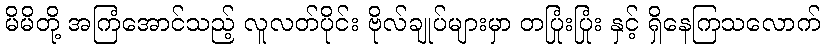
မိမိတို့ အကြံအောင်သည့် လူလတ်ပိုင်း ဗိုလ်ချုပ်များမှာ တပြုံးပြုံး နှင့် ရှိနေကြသလောက်